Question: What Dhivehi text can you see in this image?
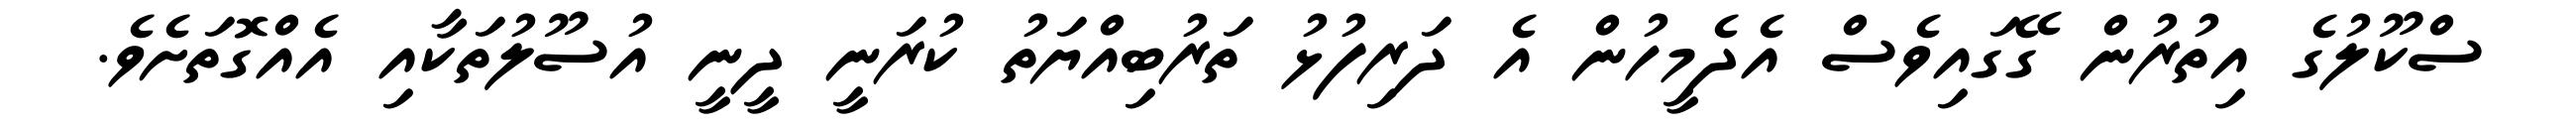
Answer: ސްކޫލުގެ އިތުރުން ގޭގައިވެސް އެދެމީހުން އެ ދަރިފުޅު ތަރުބިއްޔަތު ކުރަނީ ދީނީ އުސޫލުތަކާއި އެއްގޮތަށެވެ.